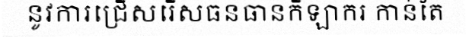
នូវការជ្រើសរើសធនធានកីឡាករ កាន់តែ